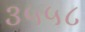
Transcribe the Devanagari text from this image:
३५५८